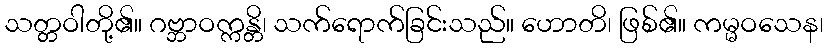
သတ္တဝါတို့၏။ ဂဗ္ဘာဝက္ကန္တိ၊ သက်ရောက်ခြင်းသည်။ ဟောတိ၊ ဖြစ်၏။ ကမ္မဝသေန၊